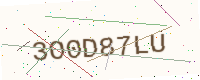
Text: 3O0D87LU